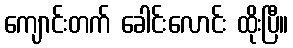
ကျောင်းတက် ခေါင်းလောင်း ထိုးပြီ။